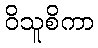
ဝိသူစိကာ